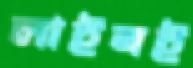
লাইনই